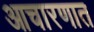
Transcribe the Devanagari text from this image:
आचारणात